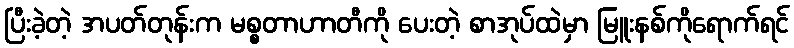
ပြီးခဲ့တဲ့ အပတ်တုန်းက မစ္စတာဟာတီကို ပေးတဲ့ စာအုပ်ထဲမှာ မြူးနစ်ကိုရောက်ရင်